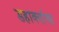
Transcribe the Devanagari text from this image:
डहाक्यांचा